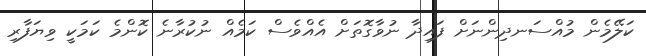
ކަލޭމެން މުއްސަނދިންނަށް ފައިދާ ނުވާގޮތަށް އެއްވެސް ކަމެއް ނުކުރާނެ ކޮންމެ ކަމަކީ ވިޔަފާރި